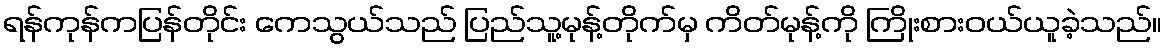
ရန်ကုန်ကပြန်တိုင်း ကေသွယ်သည် ပြည်သူ့မုန့်တိုက်မှ ကိတ်မုန့်ကို ကြိုးစားဝယ်ယူခဲ့သည်။